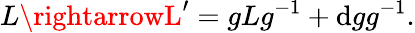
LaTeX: L\rightarrowL^{\prime}=gLg^{-1}+\mathrm{d}gg^{-1}.